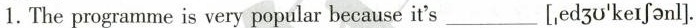
1.The programme is very popular because it's___[,ed 3 o'ke fonl].